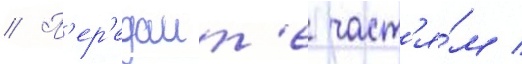
// П'ер'едаит'е част'я́м /